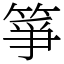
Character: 箏